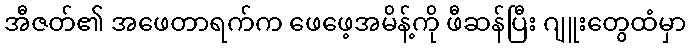
အီဇတ်၏ အဖေတာရက်က ဖေဖေ့အမိန့်ကို ဖီဆန်ပြီး ဂျူးတွေထံမှာ